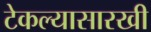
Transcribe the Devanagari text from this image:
टेकल्यासारखी